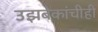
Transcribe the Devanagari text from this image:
उझबेकांचीही